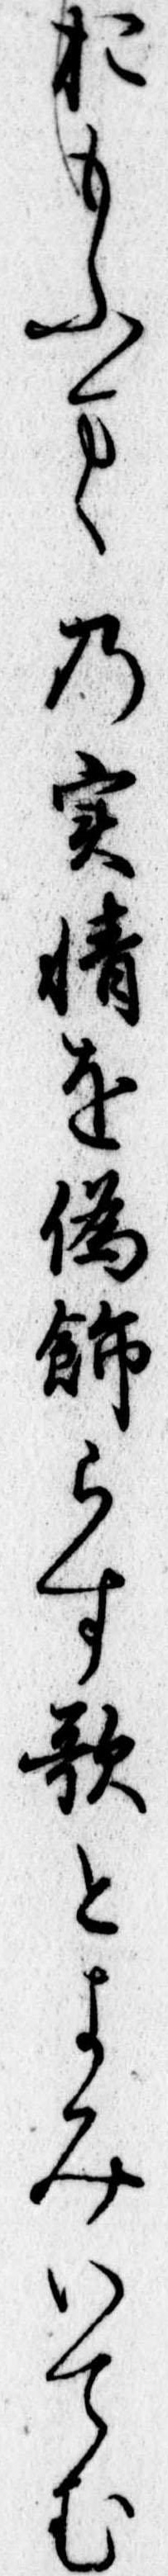
おもふまゝの実情を偽飾らす歌とよみいてむ